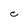
Character: C